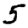
Digit: 5